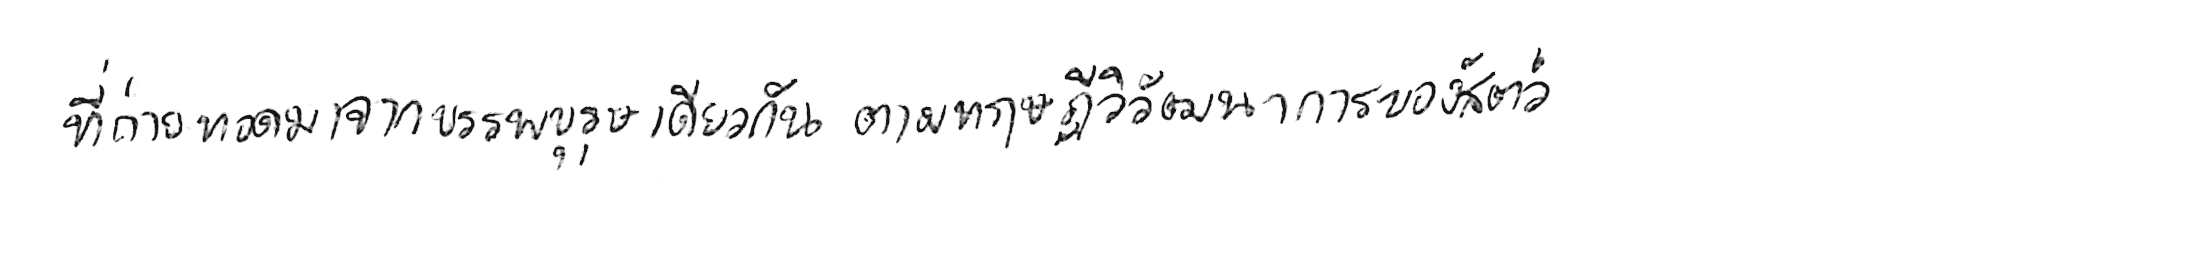
ที่ถ่ายทอดมาจากบรรพบุรุษเดียวกัน ตามทฤษฎีวิวัฒนาการของสัตว์